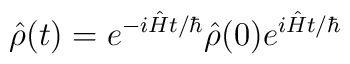
\hat{\rho}(t) = e^{-i\hat{H}t/\hbar} \hat{\rho}(0) e^{i\hat{H}t/\hbar}